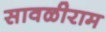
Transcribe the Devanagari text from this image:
सावळीराम